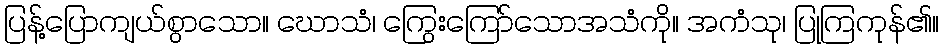
ပြန့်ပြောကျယ်စွာသော။ ဃောသံ၊ ကြွေးကြော်သောအသံကို။ အကံသု၊ ပြုကြကုန်၏။